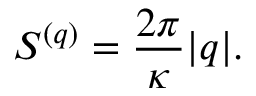
S ^ { ( q ) } = { \frac { 2 \pi } { \kappa } } | q | .